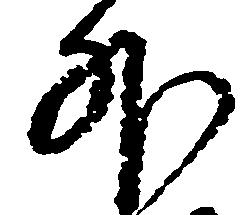
外